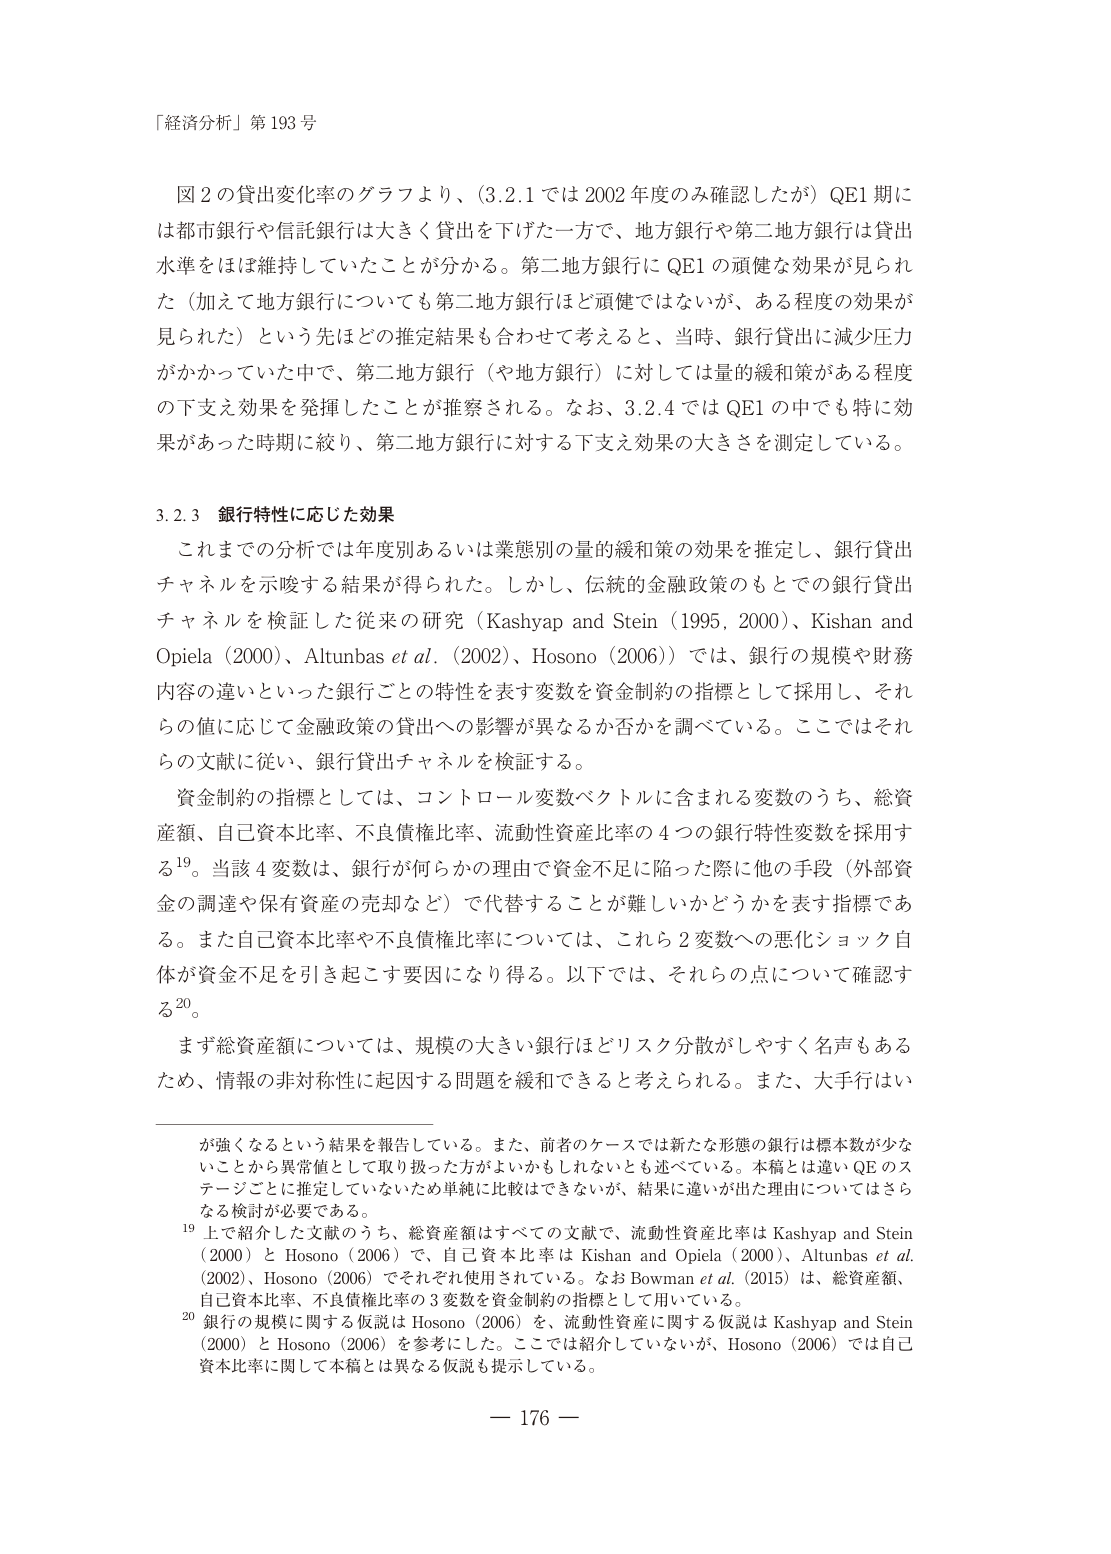
「経済分析」第193号

図2の貸出変化率のグラフより、（3.2.1では2002年度のみ確認したが）QE1期には都市銀行や信託銀行は大きく貸出を下げた一方で、地方銀行や第二地方銀行は貸出水準をほぼ維持していたことが分かる。第二地方銀行にQE1の頑健な効果が見られた（加えて地方銀行についても第二地方銀行ほど頑健ではないが、ある程度の効果が見られた）という先ほどの推定結果も合わせて考えると、当時、銀行貸出に減少圧力がかかっていた中で、第二地方銀行（や地方銀行）に対しては量的緩和策がある程度の下支え効果を発揮したことが推察される。なお、3.2.4ではQE1の中でも特に効果があった時期に絞り、第二地方銀行に対する下支え効果の大きさを測定している。

3.2.3 銀行特性に応じた効果

これまでの分析では年度別あるいは業態別の量的緩和策の効果を推定し、銀行貸出チャネルを示唆する結果が得られた。しかし、伝統的金融政策のもとでの銀行貸出チャネルを検証した従来の研究（Kashyap and Stein（1995, 2000）、Kishan and Opiela（2000）、Altunbas et al.（2002）、Hosono（2006））では、銀行の規模や財務内容の違いといった銀行ごとの特性を表す変数を資金制約の指標として採用し、それらの値に応じて金融政策の貸出への影響が異なるか否かを調べている。ここではそれらの文献に従い、銀行貸出チャネルを検証する。

資金制約の指標としては、コントロール変数ベクトルに含まれる変数のうち、総資産額、自己資本比率、不良債権比率、流動性資産比率の4つの銀行特性変数を採用する19。当該4変数は、銀行が何らかの理由で資金不足に陥った際に他の手段（外部資金の調達や保有資産の売却など）で代替することが難しいかどうかを表す指標である。また自己資本比率や不良債権比率については、これら2変数への悪化ショック自体が資金不足を引き起こす要因になり得る。以下では、それらの点について確認する20。

まず総資産額については、規模の大きい銀行はリスク分散がしやすく名声もあるため、情報の非対称性に起因する問題を緩和できると考えられる。また、大手はい

が強くなるという結果を報告している。また、前者のケースでは新たな形態の銀行は標本数が少ないことから異常値として取り扱った方がよいかもしれないとも述べている。本稿とは違いQEのステージごとに推定していないため単純に比較はできないが、結果に違いが出た理由についてはさらなる検討が必要である。

19 上で紹介した文献のうち、総資産額はすべての文献で、流動性資産比率はKashyap and Stein（2000）とHosono（2006）で、自己資本比率はKishan and Opiela（2000）、Altunbas et al.（2002）、Hosono（2006）でそれぞれ使用されている。なおBowman et al.（2015）は、総資産額、自己資本比率、不良債権比率の3変数を資金制約の指標として用いている。

20 銀行の規模に関する仮説はHosono（2006）を、流動性資産に関する仮説はKashyap and Stein（2000）とHosono（2006）を参考にした。ここでは紹介していないが、Hosono（2006）では自己資本比率に関して本稿とは異なる仮説も提示している。

— 176 —